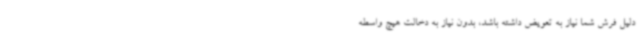
دلیل فرش شما نیاز به تعویض داشته باشد، بدون نیاز به دخالت هیچ واسطه